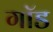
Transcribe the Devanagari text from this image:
गाॅड